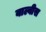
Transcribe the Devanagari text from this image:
वाल्वीस